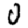
Digit: 0